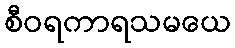
စီဝရကာရသမယေ